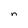
Character: n